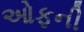
ઓફની